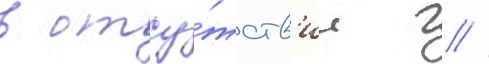
в отсу́тств'ие г //